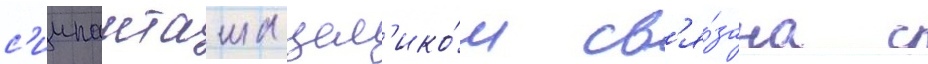
с'иипанташа цел'ико́м св'я́зана с